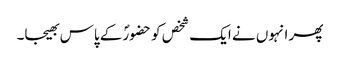
پھر انہوں نے ایک شخص کو حضورؐ کے پاس بھیجا۔